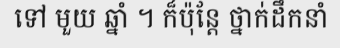
ទៅ មួយ ឆ្នាំ ។ ក៏ប៉ុន្តែ ថ្នាក់ដឹកនាំ